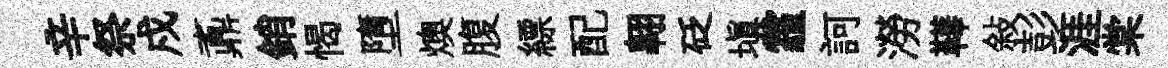
辛祭戍鼒銷愒墮燠腹縹配翺砭填霾訶澇鞾敍彭涯棠